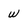
Character: w